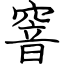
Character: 窨